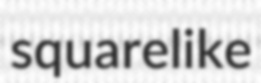
squarelike